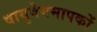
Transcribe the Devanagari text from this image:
वायुवेगमापकों